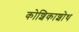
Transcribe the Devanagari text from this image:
कोशिकाशोथ